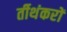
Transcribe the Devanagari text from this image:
र्तीथंकरों